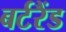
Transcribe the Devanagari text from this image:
बर्टरैंड